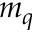
m _ { q }